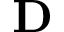
\mathbf { D }